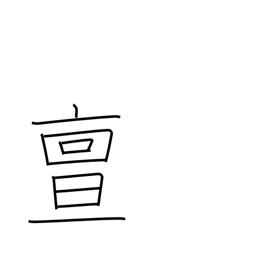
Meaning: truly